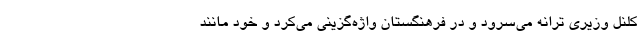
کلنل وزیری ترانه می‌سُرود و در فرهنگستان واژه‌گزینی می‌کرد و خود مانند